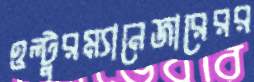
ওল্টুরম্যানেজারেরর